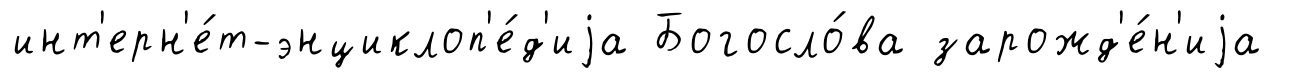
инт'ерн'е́т-энциклоп'е́д'иjа Богосло́ва зарожд'е́н'иjа